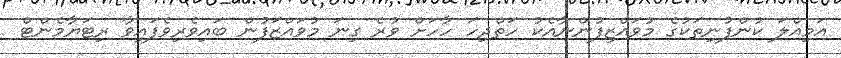
އަމިއްލަ ކުންފުނިތަކުގެ މުވައްޒިފުންނާއެކު ހަތްދިހަ ހާހަށް ވުރެ ގިނަ މުވައްޒަފުން ބައިވެރިވެފައިވާ ރިޓަޔާމެންޓް